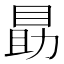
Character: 𪾫